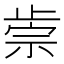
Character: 𣦅